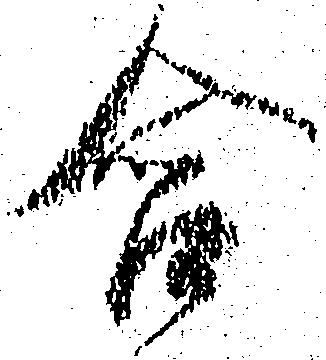
含